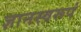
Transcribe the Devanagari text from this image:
ज्ञानस्वरूपं